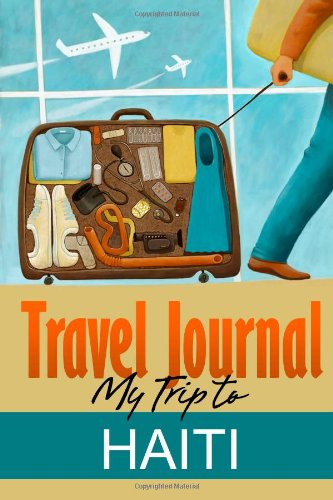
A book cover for Travel Journal: My Trip to Haiti; Travel Diary; Travel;